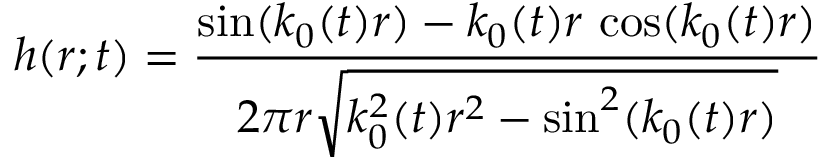
h ( r ; t ) = \frac { \sin ( k _ { 0 } ( t ) r ) - k _ { 0 } ( t ) r \, \cos ( k _ { 0 } ( t ) r ) } { 2 \pi r \sqrt { k _ { 0 } ^ { 2 } ( t ) r ^ { 2 } - \sin ^ { 2 } ( k _ { 0 } ( t ) r ) } }